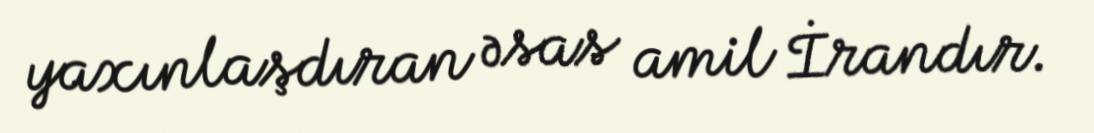
yaxınlaşdıran əsas amil İrandır.